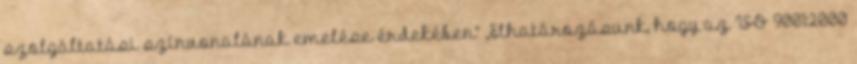
szolgáltatási színvonalának emelése érdekében” „Elhatározásunk, hogy az ISO 9001:2000